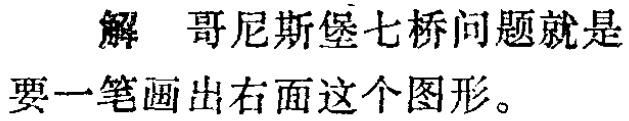
解 哥尼斯堡七桥问题就是要一笔画出右面这个图形。